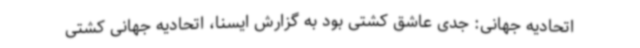
اتحادیه جهانی: جدی عاشق کشتی بود به گزارش ایسنا، اتحادیه جهانی کشتی